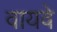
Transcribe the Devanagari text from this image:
वायवे